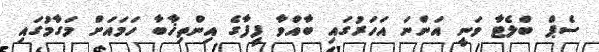
ސެޕް ބްލެޓާ ވަނީ އަންނަ އަހަރުގައި ބާއްވާ ފީފާގެ އިންތިޚާބާ ހަމައަށް މަގާމުގައި